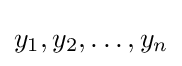
y_{1},y_{2},\dots ,y_{n}